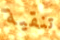
تنقية